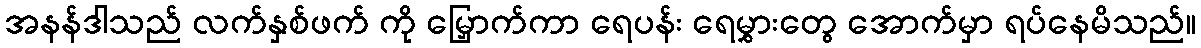
အနန်ဒါသည် လက်နှစ်ဖက် ကို မြှောက်ကာ ရေပန်း ရေမွှားတွေ အောက်မှာ ရပ်နေမိသည်။